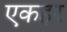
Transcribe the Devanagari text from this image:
एकहर